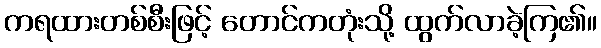
ကရထားတစ်စီးဖြင့် တောင်ကတုံးသို့ ထွက်လာခဲ့ကြ၏။